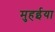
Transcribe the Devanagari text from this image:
मुहईया